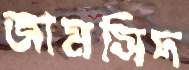
জামসিদ